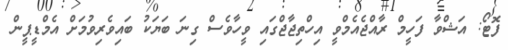
ފޮޓޯ: އަޝްވާ ފަހީމް ރާއްޖެއެމްވީ އިހްތިޖާޖްގައި ވީހާވެސް ގިނަ ބަޔަކު ބައިވެރިވުމަށް އެމްޑީޕީން